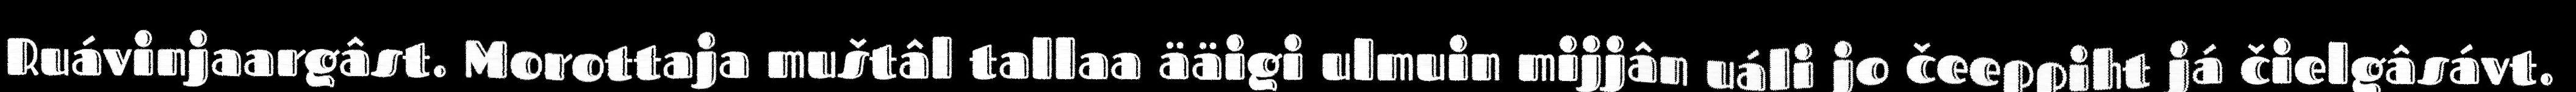
Ruávinjaargâst. Morottaja muštâl tallaa ääigi ulmuin mijjân uáli jo čeeppiht já čielgâsávt.